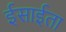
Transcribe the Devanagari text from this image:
ईसाईता